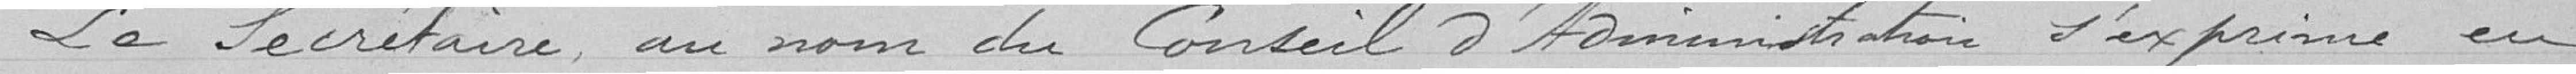
Le secrétaire au nom du Conseil d'Administration s'exprime en